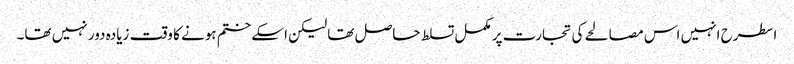
اسطرح انہیں اس مصالحے کی تجارت پر مکمل تسلط حاصل تھا لیکن اسکے ختم ہونے کا وقت زیادہ دور نہیں تھا۔